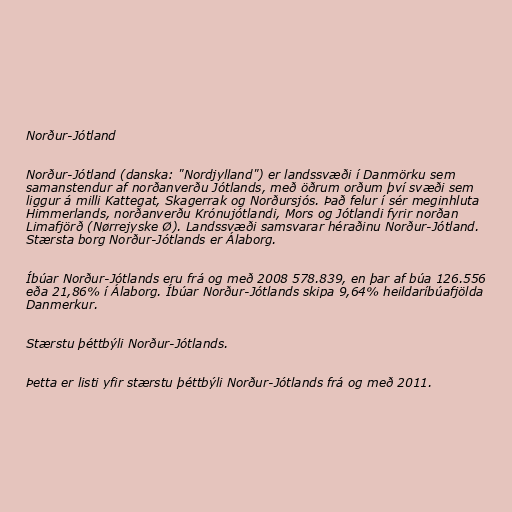
Norður-Jótland

Norður-Jótland (danska: "Nordjylland") er landssvæði í Danmörku sem
samanstendur af norðanverðu Jótlands, með öðrum orðum því svæði sem
liggur á milli Kattegat, Skagerrak og Norðursjós. Það felur í sér meginhluta
Himmerlands, norðanverðu Krónujótlandi, Mors og Jótlandi fyrir norðan
Limafjörð (Nørrejyske Ø). Landssvæði samsvarar héraðinu Norður-Jótland.
Stærsta borg Norður-Jótlands er Álaborg.

Íbúar Norður-Jótlands eru frá og með 2008 578.839, en þar af búa 126.556
eða 21,86% í Álaborg. Íbúar Norður-Jótlands skipa 9,64% heildaríbúafjölda
Danmerkur.

Stærstu þéttbýli Norður-Jótlands.

Þetta er listi yfir stærstu þéttbýli Norður-Jótlands frá og með 2011.